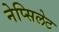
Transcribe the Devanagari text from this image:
नेप्सिलेट